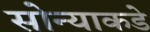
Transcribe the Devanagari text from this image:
सोन्याकडे